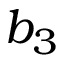
b _ { 3 }